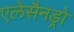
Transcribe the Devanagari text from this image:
एलेसैनड्रो